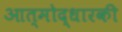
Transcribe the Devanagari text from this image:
आत्मोद्धारकी